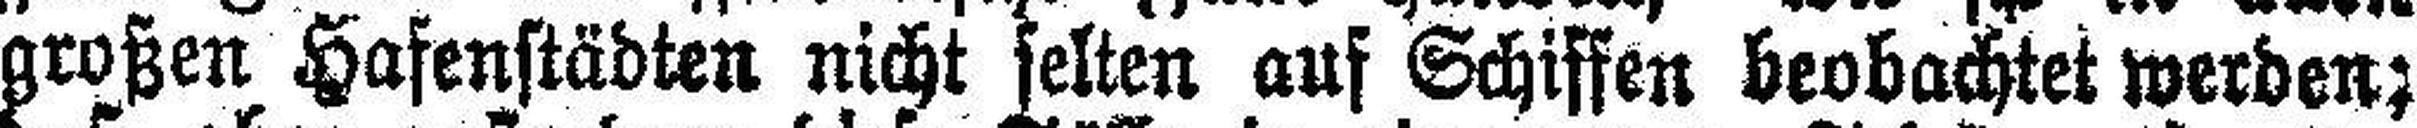
großen Hafenstädten nicht selten auf Schiffen beobachtet werden;